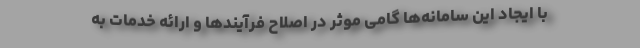
با ایجاد این سامانه‌ها گامی موثر در اصلاح فرآیندها و ارائه خدمات به